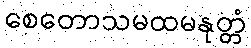
စေတောသမထမနုတ္တံ